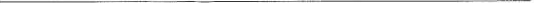
__________________________________________